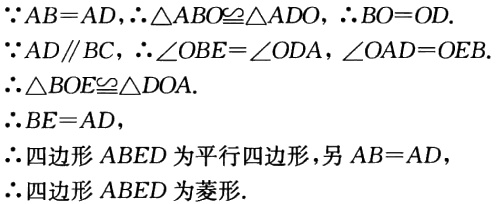
\(\because AB = AD,\therefore\triangle ABO\cong\triangle ADO,\therefore BO = OD.\)
\(\because AD\parallel BC,\therefore\angle OBE=\angle ODA,\angle OAD = \angle OEB.\)
\(\therefore\triangle BOE\cong\triangle DOA.\)
\(\therefore BE = AD,\)
\(\therefore\)四边形\(ABED\)为平行四边形,另\(AB = AD,\)
\(\therefore\)四边形\(ABED\)为菱形.